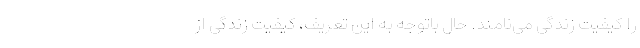
را کیفیت زندگی می‌نامند. حال باتوجه به این تعریف، کیفیت زندگی از